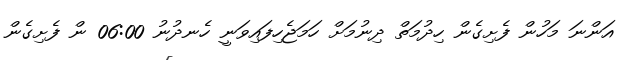
އަންނަ މަހުން ފެށިގެން ހިދުމަތް ދިނުމަށް ހަމަޖެހިފައިވަނީ ހެނދުނު 06:00 ން ފެށިގެން